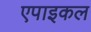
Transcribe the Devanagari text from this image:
एपाइकल